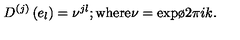
D ^ { ( j ) } \left( e _ { l } \right) = \nu ^ { j l } ; { } \mathrm { w h e r e } \nu = \mathrm { e x p } { { \o { 2 \pi i } { k } } } .